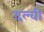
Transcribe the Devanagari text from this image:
दल्वी